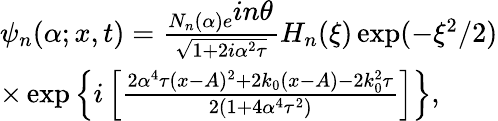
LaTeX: \begin{array}{ll}{\psi_{n}(\alpha;x,t)=\frac{N_{n}(\alpha)e^{\textstyle in\theta}}{\sqrt{1+2i\alpha^{2}\tau}}H_{n}(\xi)\exp(-\xi^{2}/2)}\\ {\times\exp\left\{ i\left[\frac{2\alpha^{4}\tau(x-A)^{2}+2k_{0}(x-A)-2k_{0}^{2}\tau}{2(1+4\alpha^{4}\tau^{2})}\right]\right\} ,}\end{array}